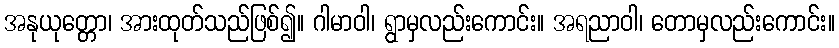
အနုယုတ္တော၊ အားထုတ်သည်ဖြစ်၍။ ဂါမာဝါ၊ ရွာမှလည်းကောင်း။ အရညာဝါ၊ တောမှလည်းကောင်း။